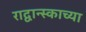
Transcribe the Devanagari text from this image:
राद्वान्स्काच्या